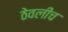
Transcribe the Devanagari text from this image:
ठेवलीच